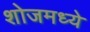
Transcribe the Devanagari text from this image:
शोजमध्ये